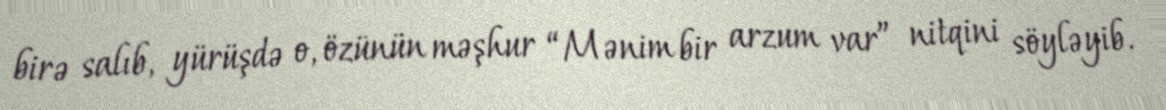
birə salıb, yürüşdə o, özünün məşhur “Mənim bir arzum var” nitqini söyləyib.